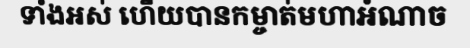
ទាំងអស់ ហើយបានកម្ចាត់មហាអំណាច